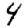
Digit: 4